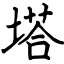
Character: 塔